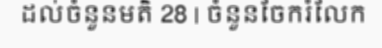
ដល់ចំនួនមតិ 28 | ចំនួនចែករំលែក